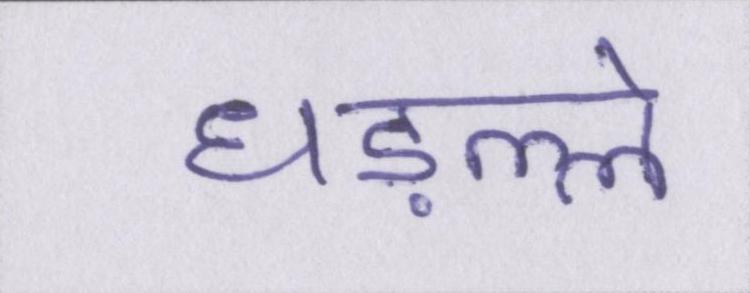
धड़ल्ले